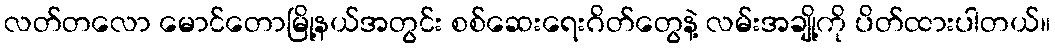
လတ်တလော မောင်တောမြို့နယ်အတွင်း စစ်ဆေးရေးဂိတ်တွေနဲ့ လမ်းအချို့ကို ပိတ်ထားပါတယ်။